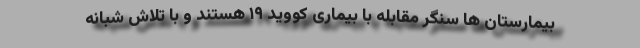
بیمارستان ها سنگر مقابله با بیماری کووید ۱۹ هستند و با تلاش شبانه